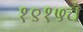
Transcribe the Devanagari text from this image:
१९१५चे